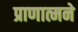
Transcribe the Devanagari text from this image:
प्राणात्मने